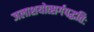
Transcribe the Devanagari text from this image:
जलाशयोत्सर्गपद्धतिः